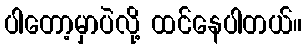
ပါတော့မှာပဲလို့ ထင်နေပါတယ်။